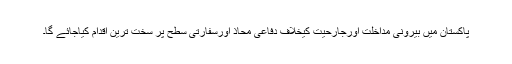
پاکستان میں بیرونی مداخلت اورجارحیت کیخلاف دفاعی محاذ اورسفارتی سطح پر سخت ترین اقدام کیاجائے گا۔